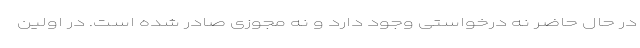
در حال حاضر نه درخواستی وجود دارد و نه مجوزی صادر شده است. در اولین